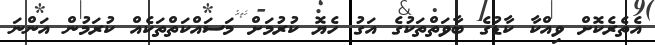
އެތެރެކޮށް ވިއްކާ ކާޑުގެ ބާވަތްތަކުގެ އަގު ހެޔޮ ކުރުމަށް މަސައްކަތްތަކެއް ކުރަމުން އަންނަ